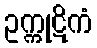
ဥက္ကုဋိကံ